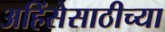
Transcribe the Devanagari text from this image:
अहिंसेसाठीच्या